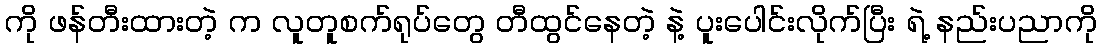
ကို ဖန်တီးထားတဲ့ က လူတူစက်ရုပ်တွေ တီထွင်နေတဲ့ နဲ့ ပူးပေါင်းလိုက်ပြီး ရဲ့ နည်းပညာကို